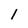
Character: l